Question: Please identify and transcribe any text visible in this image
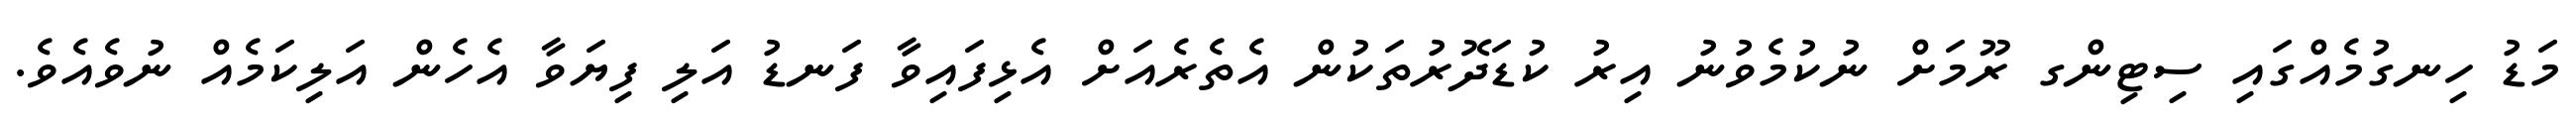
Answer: މަޑު ހިނގުމެއްގައި ސިޓިންގ ރޫމަށް ނުކުމެވުނު އިރު ކުޑަދޮރުތަކުން އެތެރެއަށް އެޅިފައިވާ ފަނޑު އަލި ފިޔަވާ އެހެން އަލިކަމެއް ނުވެއެވެ.